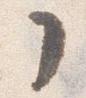
了